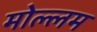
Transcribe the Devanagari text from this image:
मोल्लम